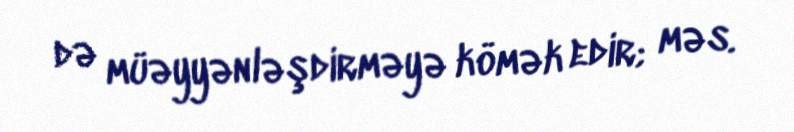
də müəyyənləşdirməyə kömək edir; məs.